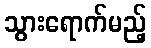
သွားရောက်မည့်